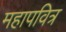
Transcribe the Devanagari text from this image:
महापवित्र